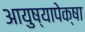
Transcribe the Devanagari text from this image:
आयुष्यापेक्षा